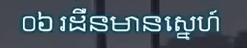
០៦ រដឺនមានស្នេហ៍